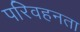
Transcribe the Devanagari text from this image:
परिवहनता